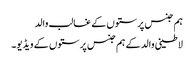
ہم جنس پرستوں کے غالب والد
لاطینی والد کے ہم جنس پرستوں کے ویڈیو۔